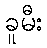
ခူမီး